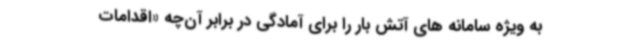
به ویژه سامانه های آتش بار را برای آمادگی در برابر آن‌چه «اقدامات